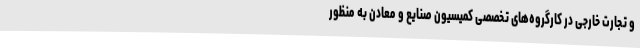
و تجارت خارجی در کارگروه‌های تخصصی کمیسیون صنایع و معادن به منظور